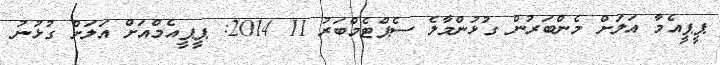
ޕީޕީއެމާ އަލަށް މެންބަރުން ގުޅުންމާލެ ސެޕްޓެމްބަރު 11 2014: ޕީޕީއެމްއަށް އަލަށް ގުޅުނު